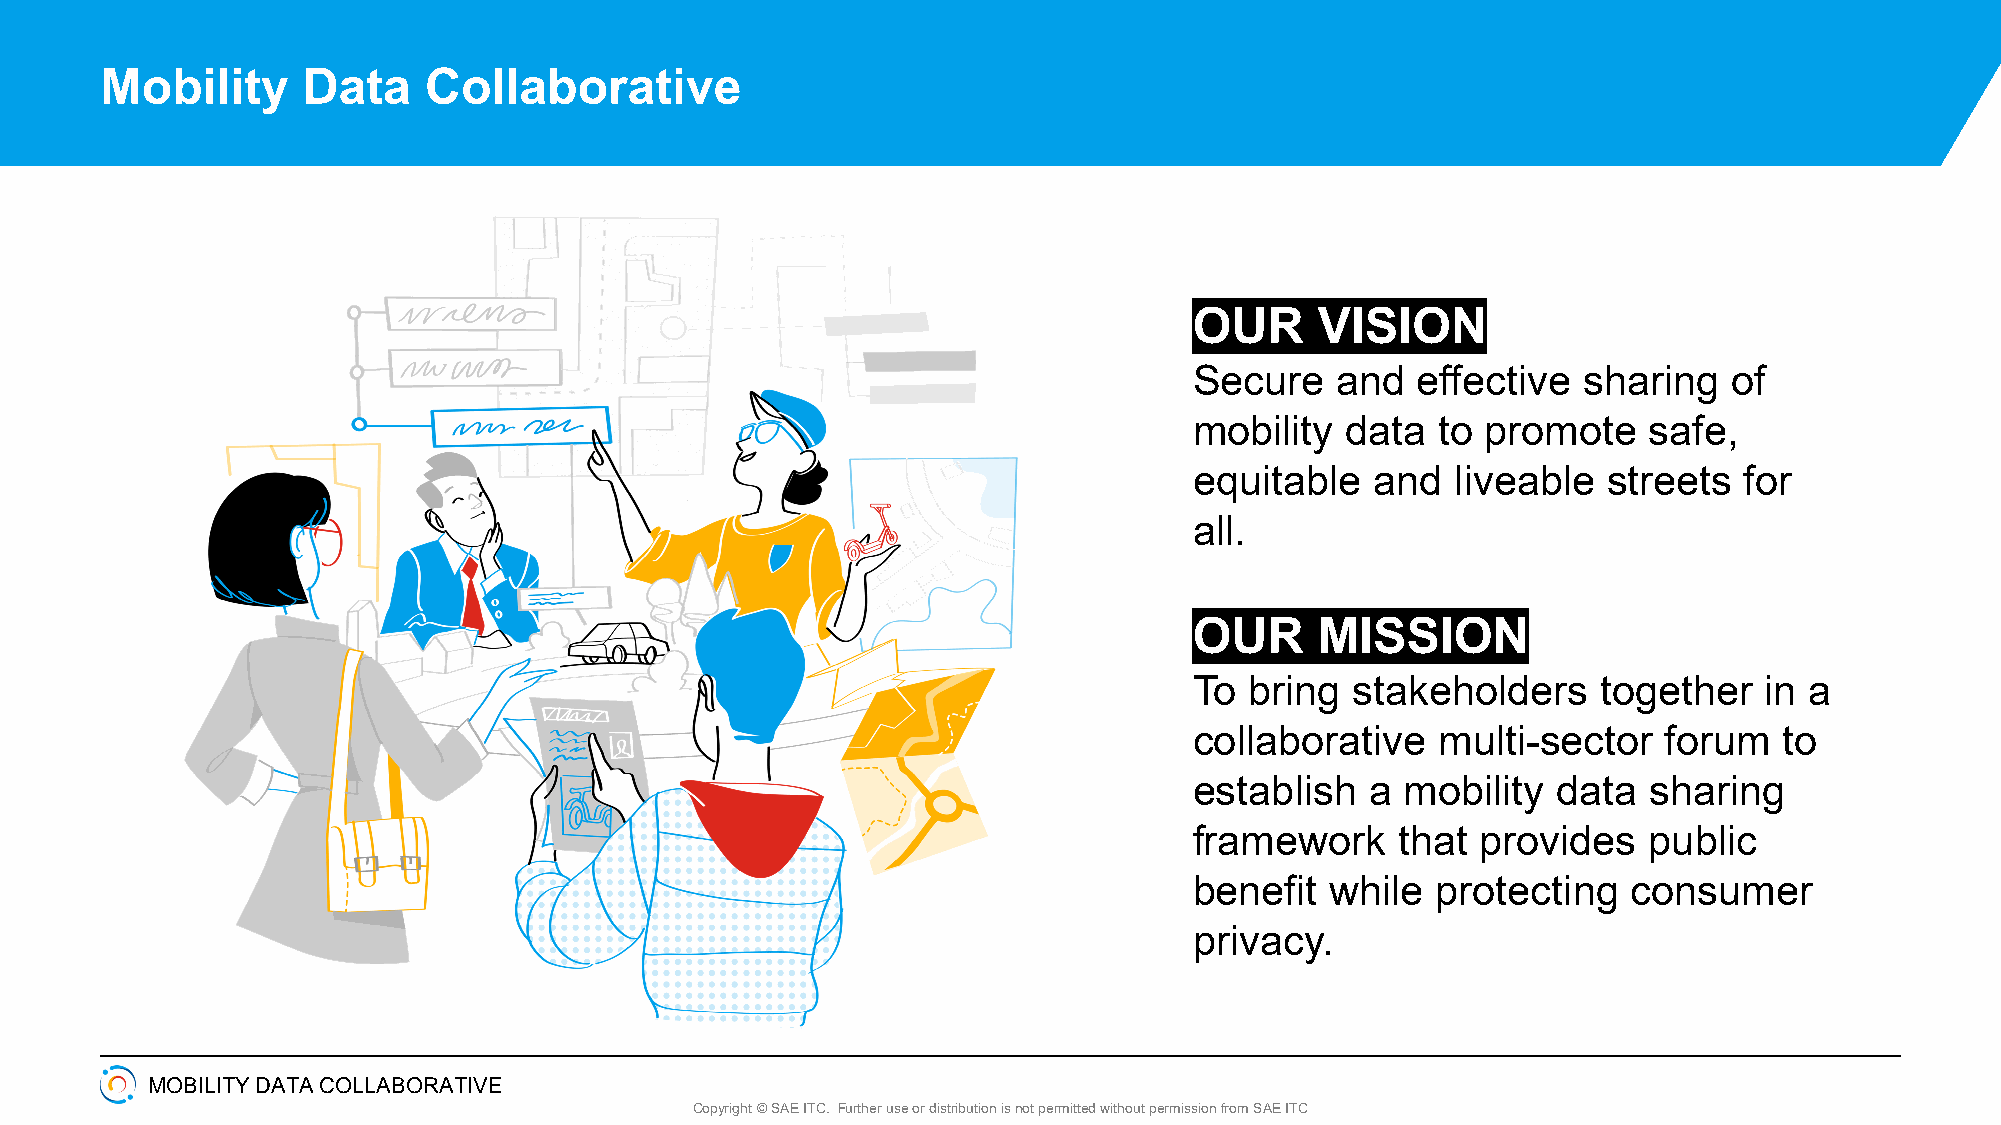
Mobility     Data    Collaborative
 OUR     VISION
 Secure   and   effective  sharing   of
 mobility  data  to promote    safe,
 equitable   and  liveable  streets  for
 all.
 OUR     MISSION
 To  bring stakeholders     together   in a
 collaborative   multi-sector   forum   to
 establish   a mobility  data  sharing
 framework     that provides   public
 benefit  while  protecting   consumer
 privacy.
 MOBILITY DATA COLLABORATIVE
 Copyright © SAE ITC. Further use or distribution is not permitted without permission from SAE ITC